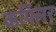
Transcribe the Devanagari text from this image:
कपिलर्